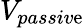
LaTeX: V_{passiv\mathrm{e}}